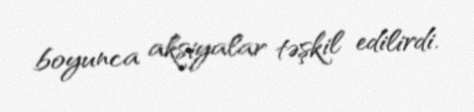
boyunca aksiyalar təşkil edilirdi.